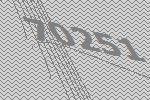
70251